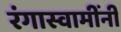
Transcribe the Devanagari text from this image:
रंगास्वामींनी